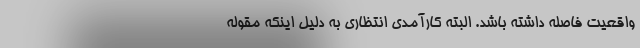
واقعیت فاصله داشته باشد. البته کارآمدی انتظاری به دلیل اینکه مقوله